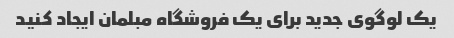
یک لوگوی جدید برای یک فروشگاه مبلمان ایجاد کنید